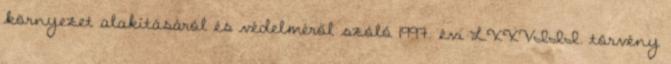
környezet alakításáról és védelméről szóló 1997. évi LXXVIII. törvény